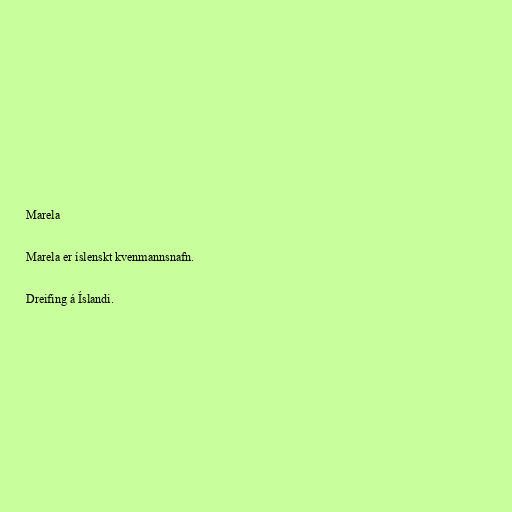
Marela

Marela er íslenskt kvenmannsnafn.

Dreifing á Íslandi.